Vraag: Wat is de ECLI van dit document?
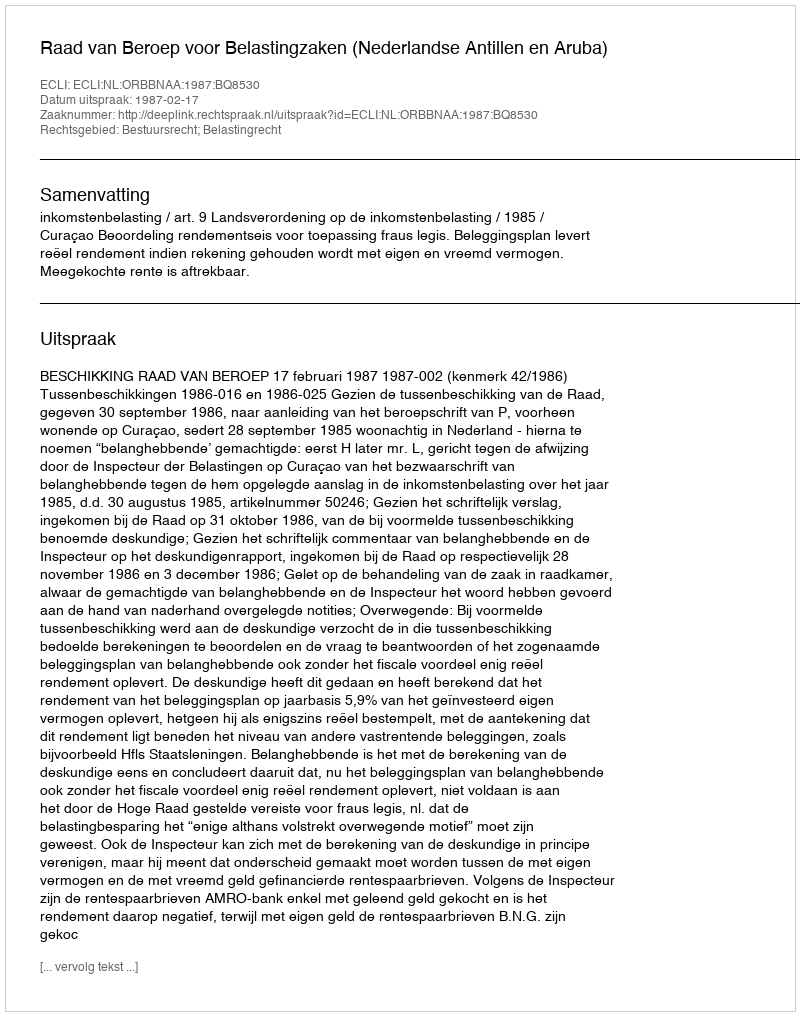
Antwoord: ECLI:NL:ORBBNAA:1987:BQ8530